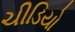
ચીડિયો